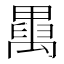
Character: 𥝆